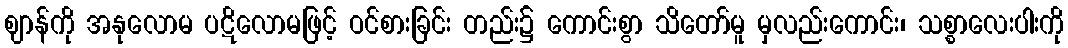
ဈာန်ကို အနုလောမ ပဋိလောမဖြင့် ဝင်စားခြင်း တည်း၌ ကောင်းစွာ သိတော်မူ မှလည်းကောင်း၊ သစ္စာလေးပါးကို